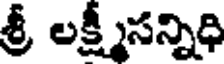
శ్రీ లక్ష్మీసన్నిధి